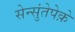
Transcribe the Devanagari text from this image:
सेन्सुंतेपेक़े